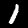
Label: 1